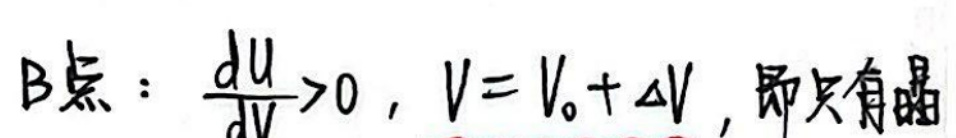
B点：\(\frac{du}{dV}>0\)，\(V = V_0+\Delta V\)，即只有熵